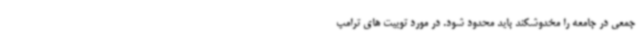
جمعی در جامعه را مخدوشکند باید محدود شود. در مورد توییت های ترامپ